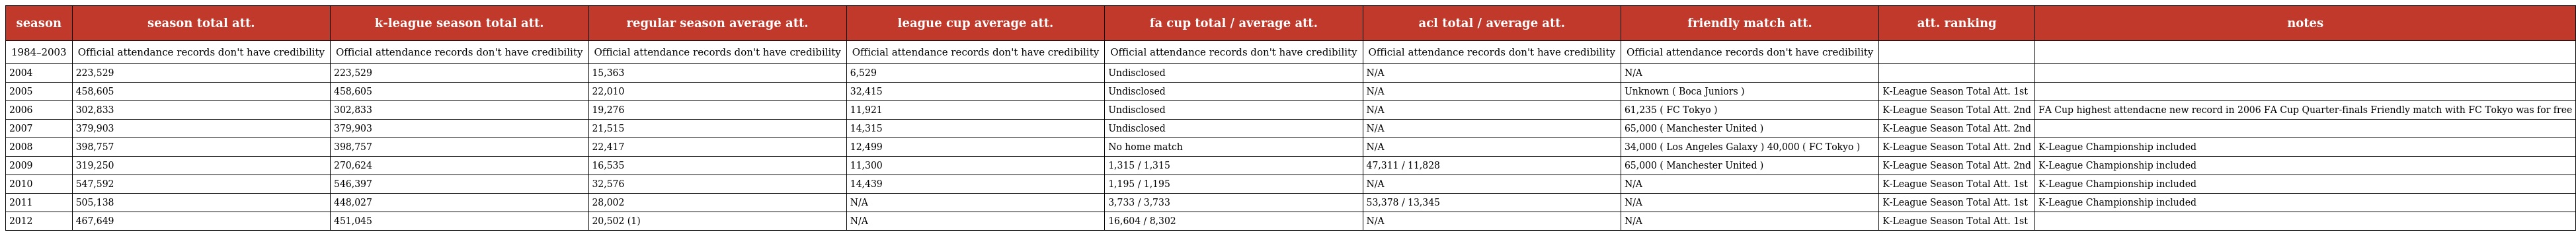
| season | season total att. | k-league season total att. | regular season average att. | league cup average att. | fa cup total / average att. | acl total / average att. | friendly match att. | att. ranking | notes |
 | --- | --- | --- | --- | --- | --- | --- | --- | --- | --- |
 | 1984–2003 | Official attendance records don't have credibility | Official attendance records don't have credibility | Official attendance records don't have credibility | Official attendance records don't have credibility | Official attendance records don't have credibility | Official attendance records don't have credibility | Official attendance records don't have credibility |  |  |
 | 2004 | 223,529 | 223,529 | 15,363 | 6,529 | Undisclosed | N/A | N/A |  |  |
 | 2005 | 458,605 | 458,605 | 22,010 | 32,415 | Undisclosed | N/A | Unknown ( Boca Juniors ) | K-League Season Total Att. 1st |  |
 | 2006 | 302,833 | 302,833 | 19,276 | 11,921 | Undisclosed | N/A | 61,235 ( FC Tokyo ) | K-League Season Total Att. 2nd | FA Cup highest attendacne new record in 2006 FA Cup Quarter-finals Friendly match with FC Tokyo was for free |
 | 2007 | 379,903 | 379,903 | 21,515 | 14,315 | Undisclosed | N/A | 65,000 ( Manchester United ) | K-League Season Total Att. 2nd |  |
 | 2008 | 398,757 | 398,757 | 22,417 | 12,499 | No home match | N/A | 34,000 ( Los Angeles Galaxy ) 40,000 ( FC Tokyo ) | K-League Season Total Att. 2nd | K-League Championship included |
 | 2009 | 319,250 | 270,624 | 16,535 | 11,300 | 1,315 / 1,315 | 47,311 / 11,828 | 65,000 ( Manchester United ) | K-League Season Total Att. 2nd | K-League Championship included |
 | 2010 | 547,592 | 546,397 | 32,576 | 14,439 | 1,195 / 1,195 | N/A | N/A | K-League Season Total Att. 1st | K-League Championship included |
 | 2011 | 505,138 | 448,027 | 28,002 | N/A | 3,733 / 3,733 | 53,378 / 13,345 | N/A | K-League Season Total Att. 1st | K-League Championship included |
 | 2012 | 467,649 | 451,045 | 20,502 (1위) | N/A | 16,604 / 8,302 | N/A | N/A | K-League Season Total Att. 1st |  |